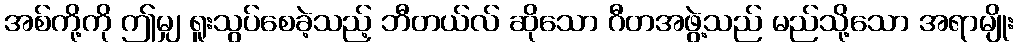
အစ်ကို့ကို ဤမျှ ရူးသွပ်စေခဲ့သည့် ဘီတယ်လ် ဆိုသော ဂီတအဖွဲ့သည် မည်သို့သော အရာမျိုး